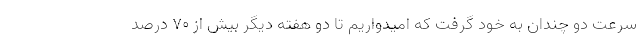
سرعت دو چندان به خود گرفت که امیدواریم تا دو هفته دیگر بیش از ۷۰ درصد